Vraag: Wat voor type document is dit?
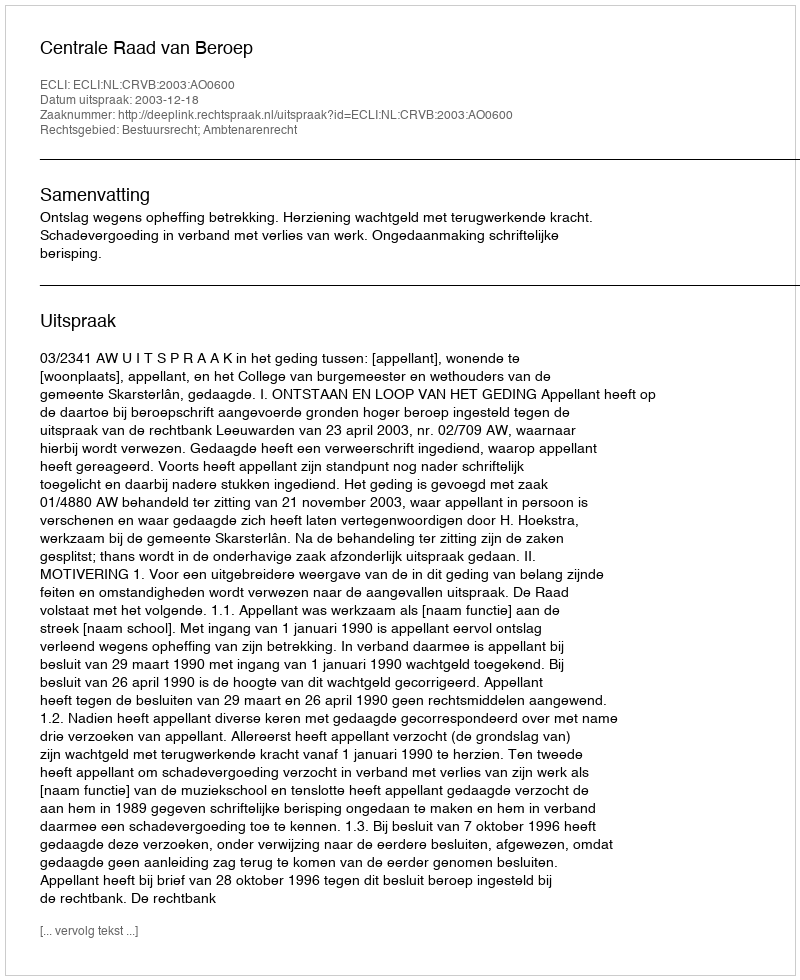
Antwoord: Uitspraak